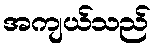
အကျယ်သည်